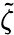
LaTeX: \widetilde{\zeta}